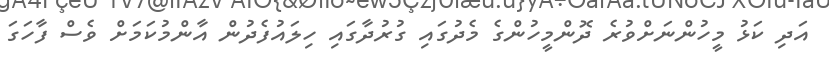
އަދި ކަޅު މީހުންނަށްވުރެ ދޮންމީހުންގެ މެދުގައި ގުރުދާގައި ހިލައުފެދުން އާންމުކަމަށް ވެސް ފާހަގަ